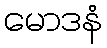
မောဒနံ